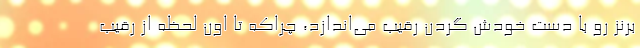
برنز رو با دست خودش گردن رقيب می‌اندازد، چراكه تا اون لحظه از رقيب